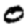
Digit: 0